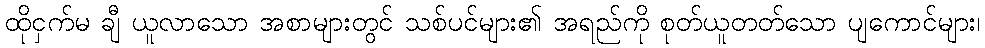
ထိုငှက်မ ချီ ယူလာသော အစာများတွင် သစ်ပင်များ၏ အရည်ကို စုတ်ယူတတ်သော ပျကောင်များ၊